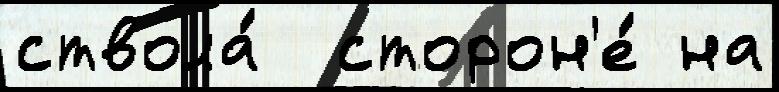
ствола́  сторон'е́ на